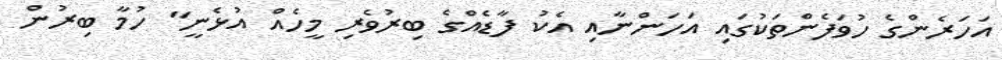
އަހަރެންގެ ހުވަފެންތަކުގައި އަހަންނާއި އެކު ފާޑެއްގެ ބިރުވެރި މީހެއް އުޅެނީ" ހުމާ ބިރުން